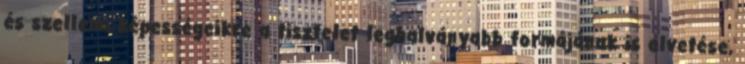
és szellemi képességeikre a tisztelet leghalványabb formájának is elvetése,